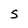
Character: S